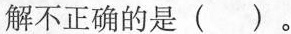
解不正确的是( )。